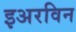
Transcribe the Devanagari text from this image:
इअरविन